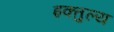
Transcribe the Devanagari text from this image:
इक्तुल्य